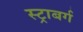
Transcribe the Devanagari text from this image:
स्ट्राबर्ग